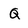
Character: Q